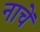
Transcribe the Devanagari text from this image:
नाचें